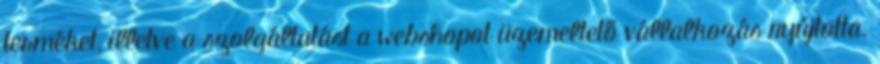
terméket, illetve a szolgáltatást a webshopot üzemeltető vállalkozás nyújtotta.